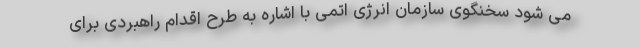
می شود سخنگوی سازمان انرژی اتمی با اشاره به طرح اقدام راهبردی برای